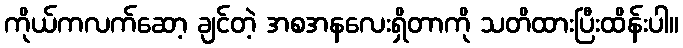
ကိုယ်ကလက်ဆော့ ချင်တဲ့ အစအနလေးရှိတာကို သတိထားပြီးထိန်းပါ။